Leprosy in India: report of the Leprosy Commission in India, 1890-91
Year: 1890
Disease focus: Leprosy
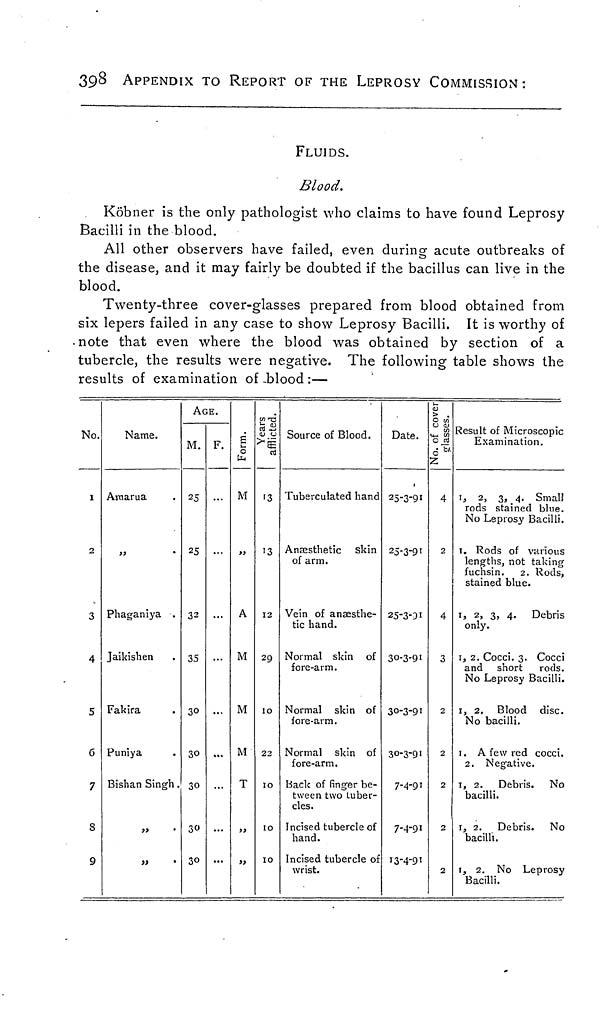
398
APPENDIX TO REPORT OF THE LEPROSY COMMISSION:
FLUIDS.
Blood.
Köbner is the only pathologist who claims to have found Leprosy
Bacilli in the blood.
All other observers have failed, even during acute outbreaks of
the disease, and it may fairly be doubted if the bacillus can live in the
blood.
Twenty-three cover-glasses prepared from blood obtained from
six lepers failed in any case to show Leprosy Bacilli. It is worthy of
note that even where the blood was obtained by section of a
tubercle, the results were negative. The following table shows the
results of examination of .blood :—
No.
i
2
3
4
5
6
7
8
9
Name.
Asnarua
Phaganiya .
Jaikishen
Fakira
Puniya
Bishan Singh.
AGE.
M.
25
25
32
35
30
30
30
30
30
F. S
u.
0
In
M
>>
A
M
M
M
T
)>
h oj
Cy •*->
>'ë
'3
13
12
29
lO
22
IO
10
10
Source of Blood.
Tuberculated hand
Anaesthetic skin
of arm.
Vein of anaesthe-
tic hand.
Normal skin of
fore-arm.
Normal skin of
fore-arm.
Normal skin of
fore-arm.
Back of Rnger be-
tween two tuber-
cles.
Incised tubercle of
hand.
Incised tubercle of
wrist.
Date.
25-3-91
25-3-91
25-3-31
30-3-91
30-3-91
30-3-91
7-4-91
7-4-91
13-4-91
> .
O V)
0 <u
O rt
¿*''
"Z
4
2
4
3
2
2
2
2
2
Result of Microscopic
Examination.
ij 2, 3, 4. Small
rods stained blue.
No Leprosy Bacilli.
t. Rods of various
lengths, not taking
fuchsin. 2. Rods,
stained blue.
1, 2, 3, 4. Debris
only.
1, 2. Cocci. 3. Cocci
and short rods.
No Leprosy Bacilli.
1, 2. Blood disc.
No bacilli.
1. A few red cocci.
2. Negative.
1, 2. Debris. No
bacilli.
1, 2. Debris. No
bacilli.
1, 2. No Leprosy
Bacilli.